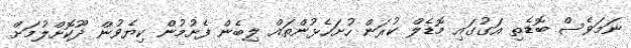
ނަމަވެސް ބޮޑެތި އަގުގައި މޮޑެލް ކުރަން ހުށަހެޅުންތައް ލިބެން ފެށުމުން ކިޔެވުން ދޫކޮށްލުމަށް